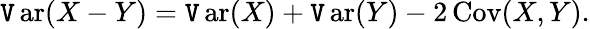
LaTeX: \operatorname{\mathtt{V}ar}(X-Y)=\operatorname{\mathtt{V}ar}(X)+\operatorname{\mathtt{V}ar}(Y)-2\operatorname{Cov}(X,Y).